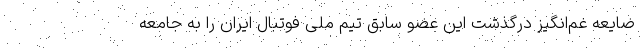
ضایعه غم‌انگیز درگذشت این عضو سابق تیم ملی فوتبال ایران را به جامعه